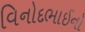
વિનોદભાઈનો